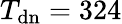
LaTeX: T_{\mathrm{dn}}=324